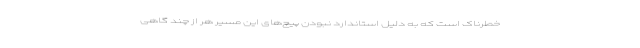
خطرناک است که به دلیل استاندارد نبودن پیچ‌های این مسیر هر از چند گاهی